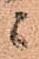
ニ